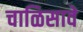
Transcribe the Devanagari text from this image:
चाळिसावे